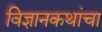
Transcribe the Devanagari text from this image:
विज्ञानकथांचा